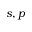
s , p